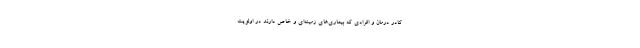
کادر درمان و افرادی که بیماری‌های زمینه‌ای و خاص دارند در اولویت